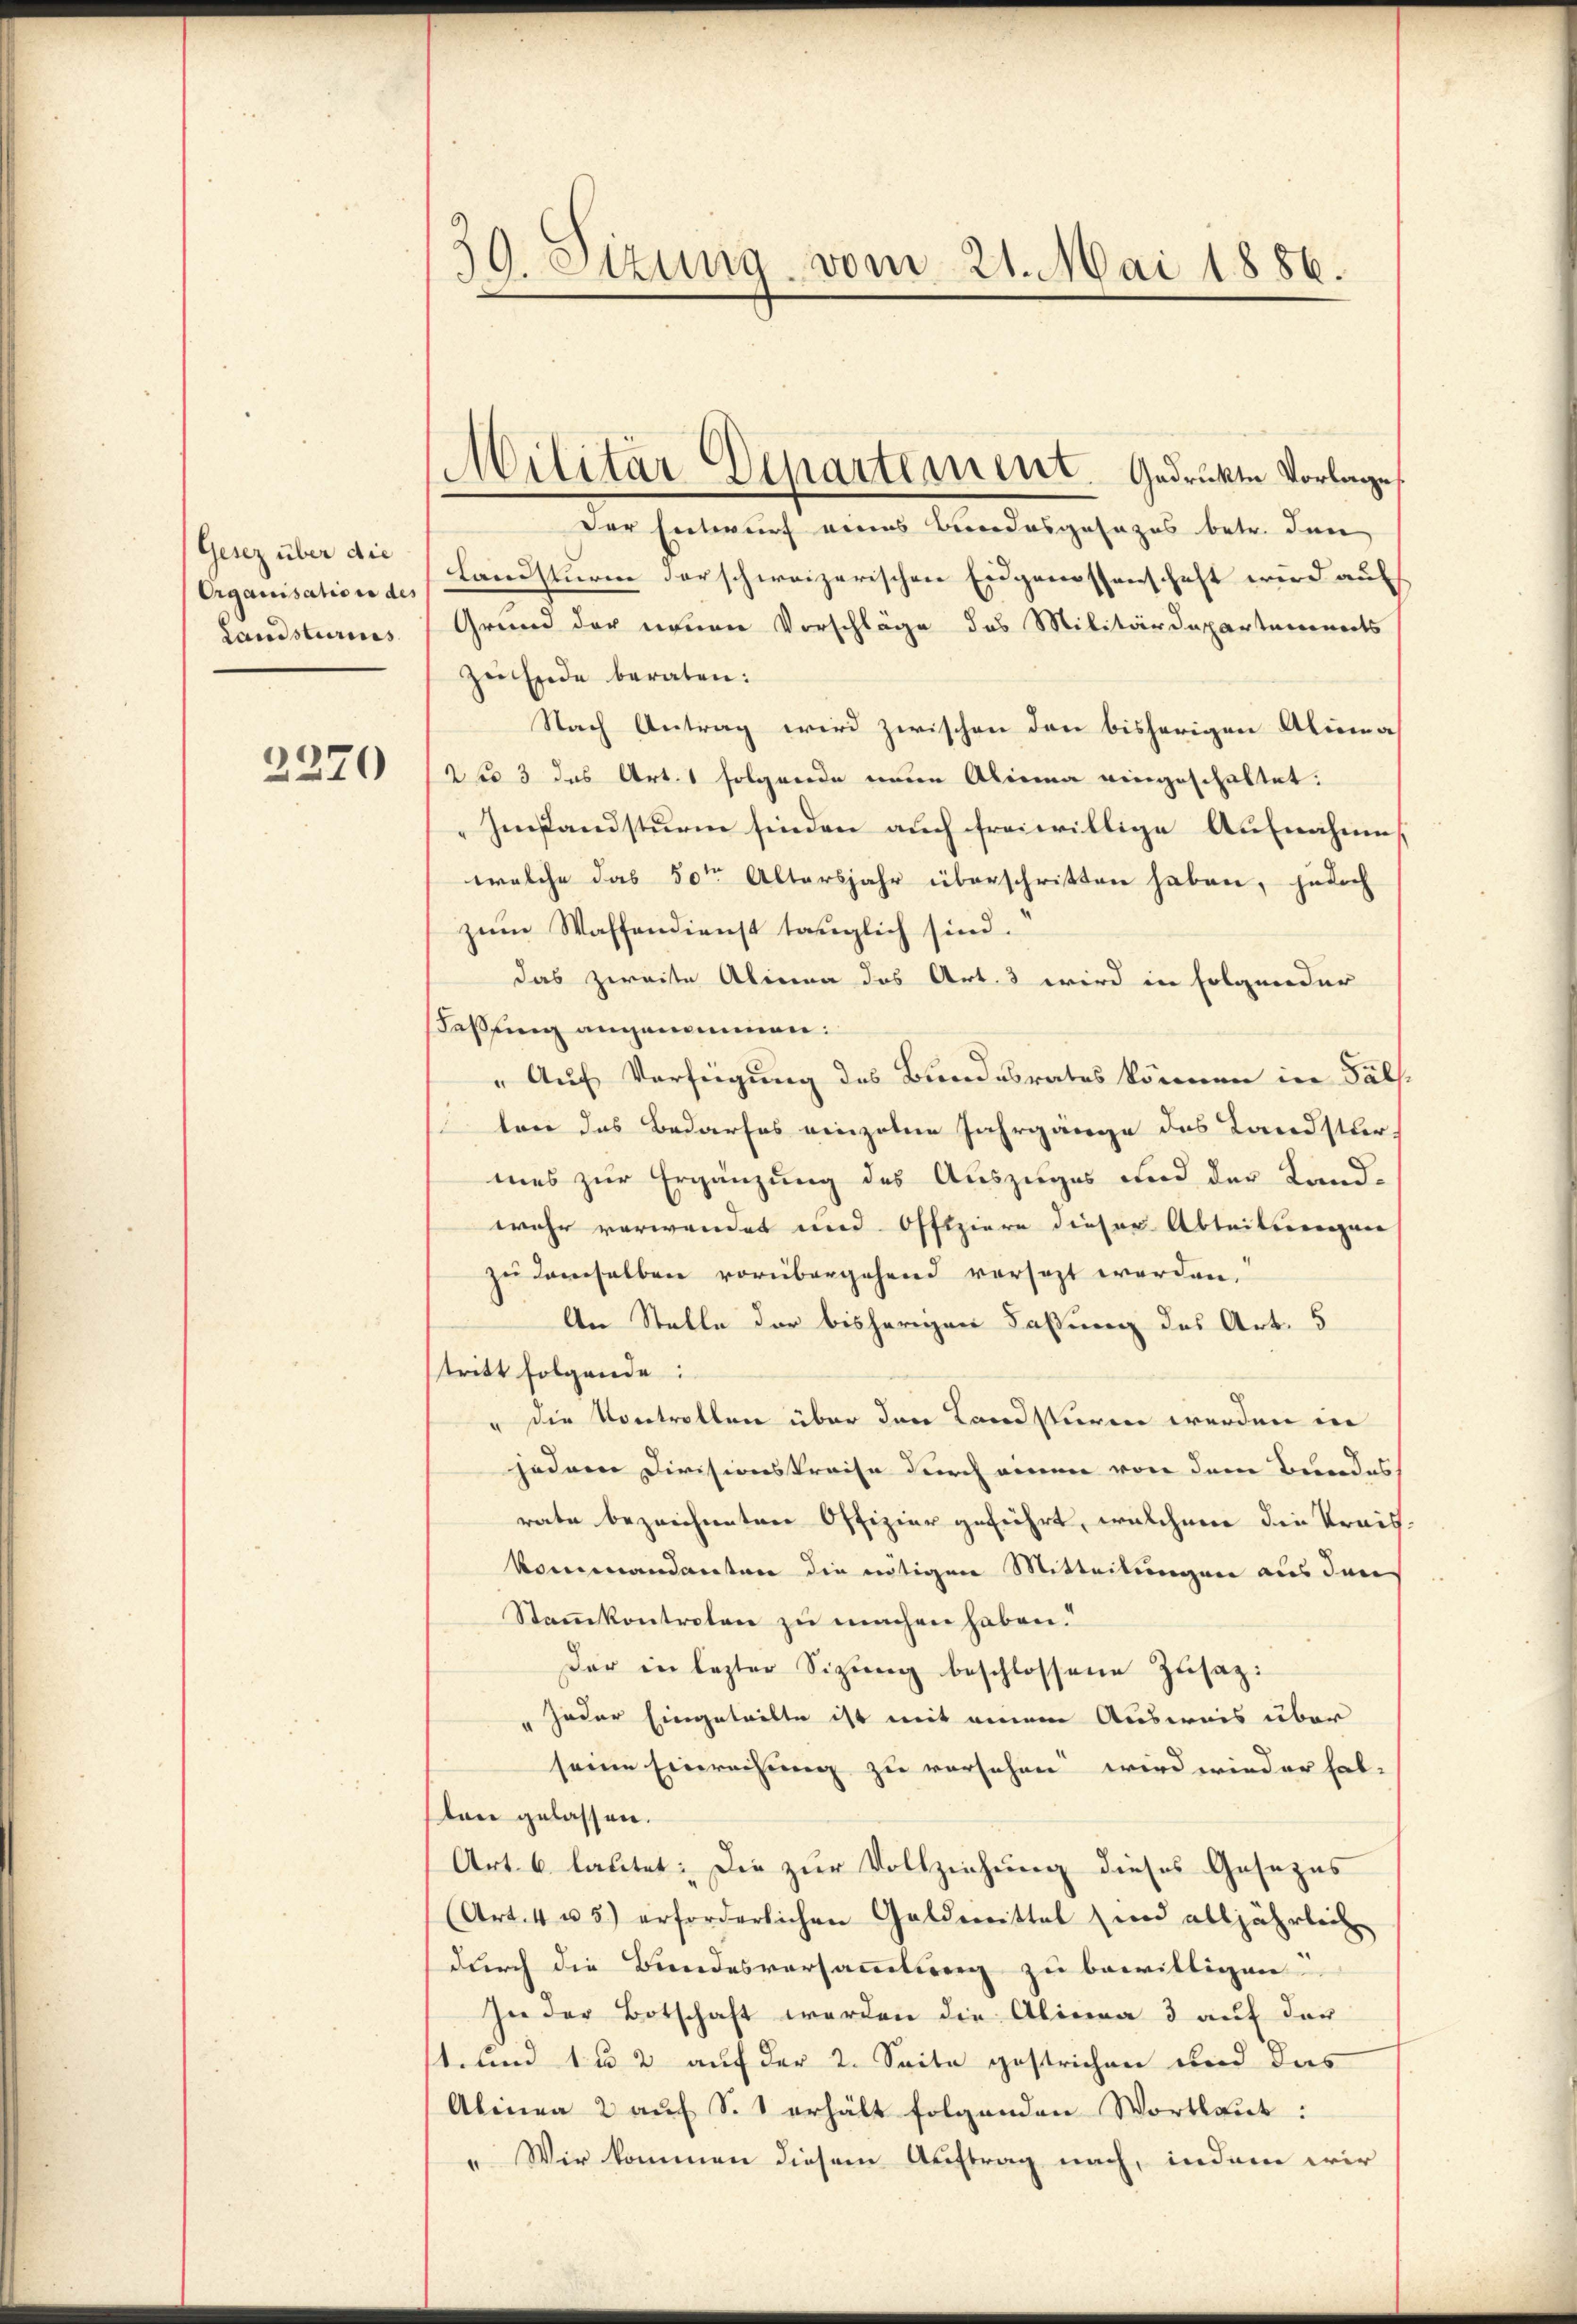
(Gesez über die
Organisation des
Landsturins

2270

1
. Etzung vom 21. Mai 1886.

Militär Departement. Gedruckte Vorlage

Der Entwurf eines Bundesgesages betr. den
Landsturm derschweizerischen Eidgenossenschaft wird auf
Grund der neuen Vorschläge des Militärdepartements
zu Ende beraten:
Nach Antrag wird zwischen den bisherigen Alima
dpo 3 das Art. 1 folgende neue Alina eingeschaltet:
Imstandsturm finden auch freiwillige Aufnahme
welche das 50ten Altersjahr überschritten haben, jedoch
zum Waffendienst tauglich sind.
das zweite Alinea des Art. 3 wird in folgender
Feßling angenommen:
" Auf Verfügung des Bundesrates können in Fälsten das Bedarfes einzelne Jahrgänge des Landstur-
mes zur Ergänzung des Auszuges und der Landwehr verwendet und Offiziere dieser Abteilungen
zu demselben vorübergehend versezt worden.
An Stelle der bisherigen Faßung des Art. 5
tritt folgende:
" die Kontrollen über den Landstüren werden in
jedem Divisionskreise durch einen von dem Bundes
rate bezeichneten Offizier geführt, welchem die Kreiskommandanten die nötigen Mitteilungen aus den
Stammkontreten zu machen haben.“
Der in lezter Sizŭng beschlossene Zŭsaz:
Joder Eingetritte ist mit einem Ausweis über
seine Einreihung zu versehen wird wieder hat.
lan gelassen.
Art. 6 lautet: Die zur Vollziehung dieses Gesezes
(Art. 4 u. 3) erforderlichen Geldmittel und alljährliche
durch die Bundesversammlung zu bewilligen
In der Botschaft werden die Alinea 3 auf den
t. und 1 u 2 auf der 2. Seite gestrichen und das
Alinea 2 auf S. 1 erhält folgenden Wortlaut:
 Wir kommen diesem Auftrag nach, indem wir